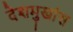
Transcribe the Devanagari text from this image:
देशमुखांस